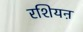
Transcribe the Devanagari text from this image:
रशियऩ